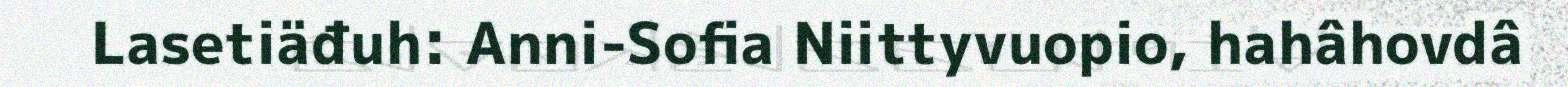
Lasetiäđuh: Anni-Sofia Niittyvuopio, hahâhovdâ